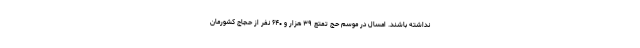
نداشته باشند. امسال در موسم حج تمتع ۳۹ هزار و ۶۴۰ نفر از حجاج کشورمان